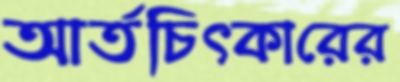
আর্তচিত্কারের